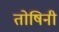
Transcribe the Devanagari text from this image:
तोषिनी